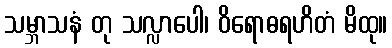
သမ္ဘာသနံ တု သလ္လာပေါ၊ ဝိရောဓရဟိတံ မိထု။